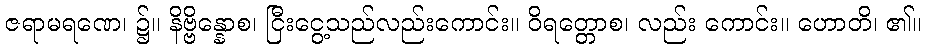
ဇရာမရဏေ၊ ၌။ နိဗ္ဗိန္နောစ၊ ငြီးငွေ့သည်လည်းကောင်း။ ဝိရတ္တောစ၊ လည်း ကောင်း။ ဟောတိ၊ ၏။